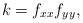
LaTeX: \begin{align*}k=f_{xx}f_{yy},\end{align*}